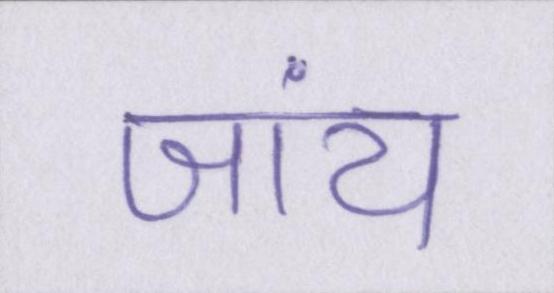
जांय